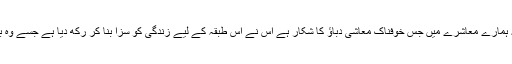
محنت کش اور تنخواہ دار طبقہ ہمارے معاشرے میں جس خوفناک معاشی دباؤ کا شکار ہے اس نے اس طبقہ کے لیے زندگی کو سزا بنا کر رکھ دیا ہے جسے وہ بہرحال بھگتنے پر مجبور ہے۔